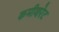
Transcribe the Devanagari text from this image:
कमीशरेट